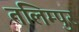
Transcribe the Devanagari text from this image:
तलिम्पुर